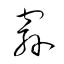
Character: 窬